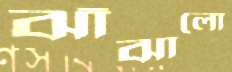
ঝাঁঝালো